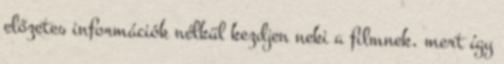
előzetes információk nélkül kezdjen neki a filmnek, mert így